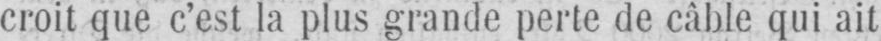
croit que c’est la plus grande perte de câble qui ait